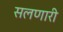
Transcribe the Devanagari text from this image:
सलणारी